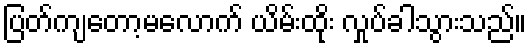
ပြတ်ကျတော့မလောက် ယိမ်းထိုး လှုပ်ခါသွားသည်။